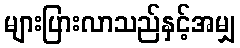
များပြားလာသည်နှင့်အမျှ